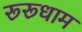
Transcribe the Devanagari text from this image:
रूरूधाम